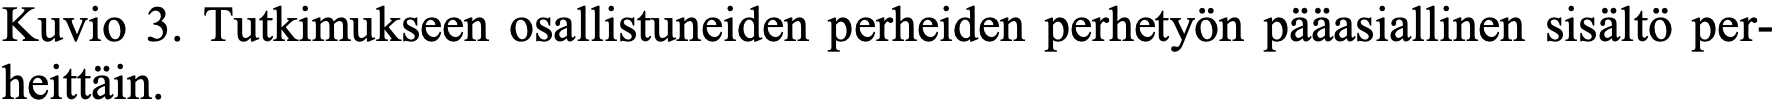
Kuvio 3. Tutkimukseen osallistuneiden perheiden perhetyön pääasiallinen sisältö per- heittäin.